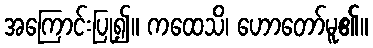
အကြောင်းပြု၍။ ကထေသိ၊ ဟောတော်မူ၏။